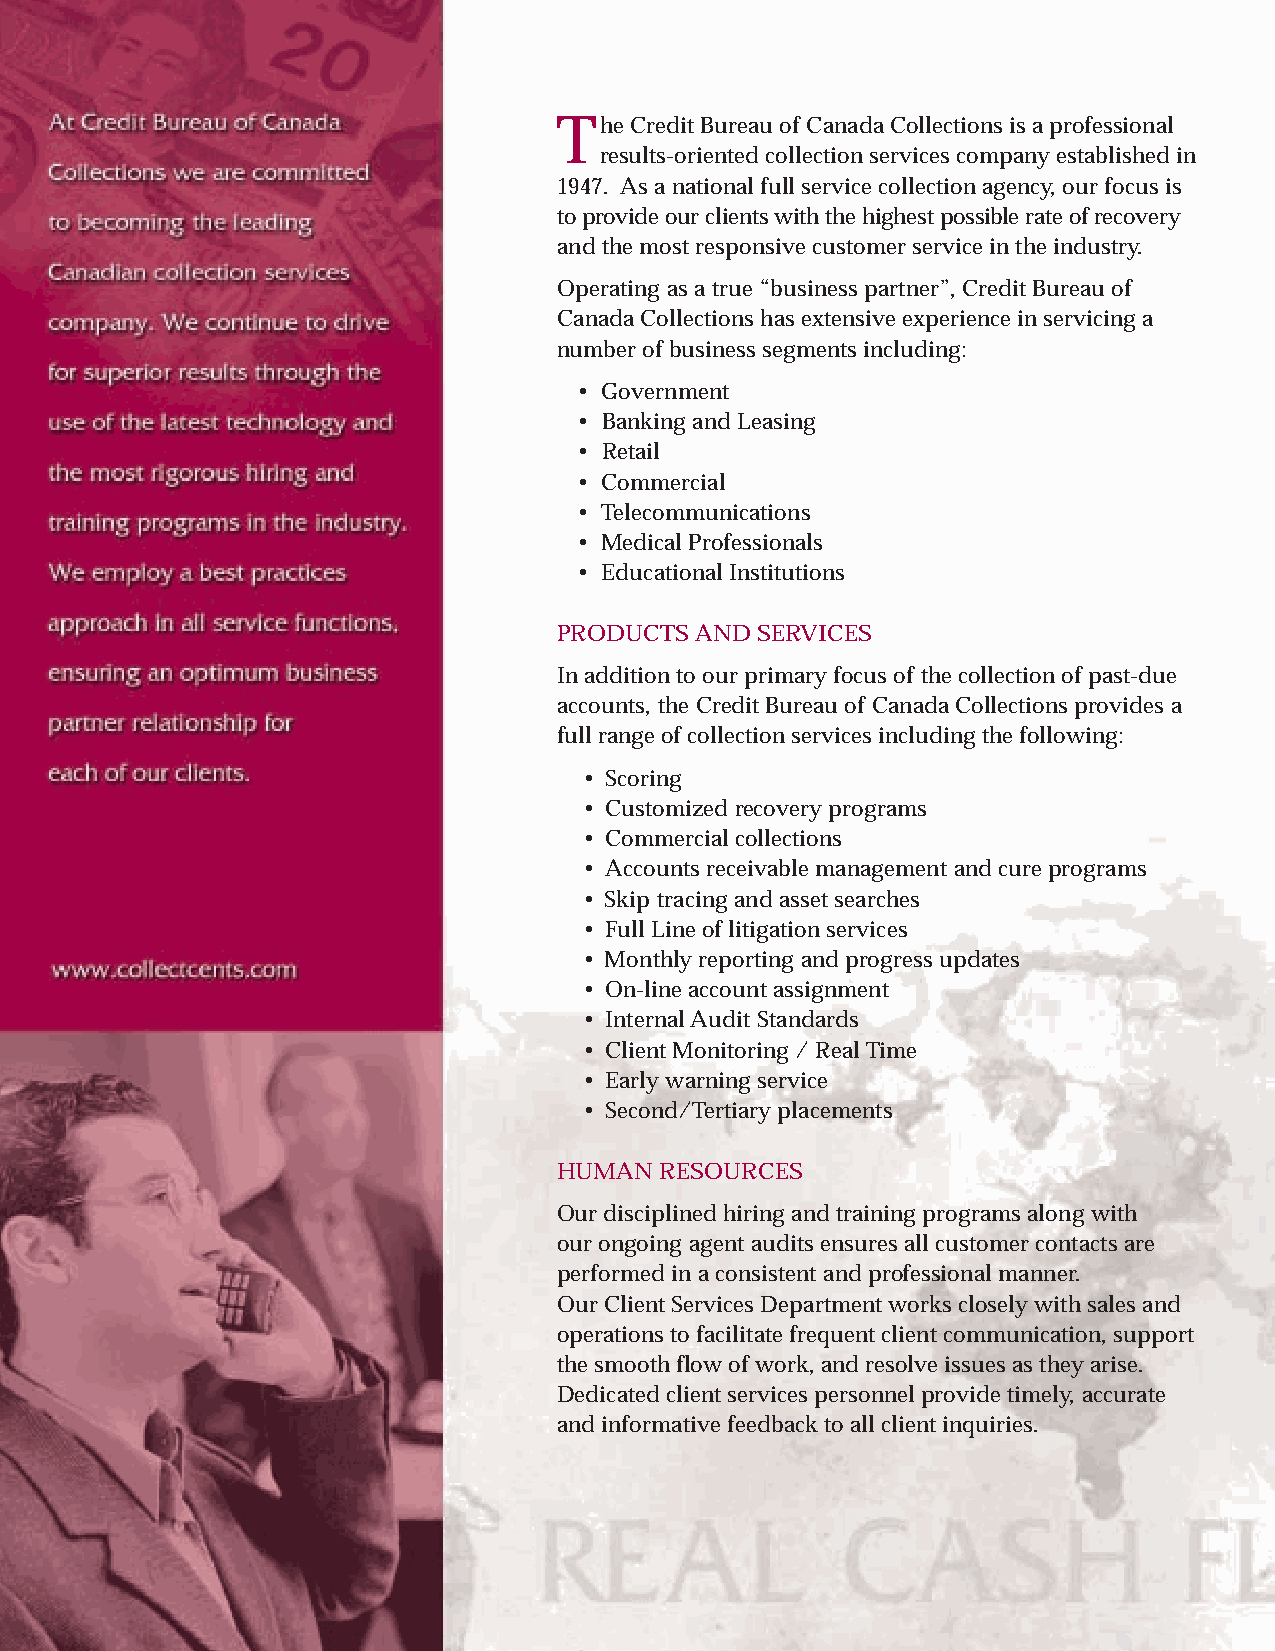
he Credit Bureau of Canada Collections is a professional
 Tresults-oriented collection services company established in
 1947. As a national full service collection agency, our focus is
 to provide our clients with the highest possible rate of recovery
 and the most responsive customer service in the industry.
 Operating as a true “business partner”, Credit Bureau of
 Canada Collections has extensive experience in servicing a
 number of business segments including:
 • Government
 • Banking and Leasing
 • Retail
 • Commercial
 • Telecommunications
 • Medical Professionals
 • Educational Institutions
 PRODUCTS AND SERVICES
 In addition to our primary focus of the collection of past-due
 accounts, the Credit Bureau of Canada Collections provides a
 full range of collection services including the following:
 • Scoring
 • Customized recovery programs
 • Commercial collections
 • Accounts receivable management and cure programs
 • Skip tracing and asset searches
 • Full Line of litigation services
 • Monthly reporting and progress updates
 • On-line account assignment
 • Internal Audit Standards
 • Client Monitoring / Real Time
 • Early warning service
 • Second/Tertiary placements
 HUMAN  RESOURCES
 Our disciplined hiring and training programs along with
 our ongoing agent audits ensures all customer contacts are
 performed in a consistent and professional manner.
 Our Client Services Department works closely with sales and
 operations to facilitate frequent client communication, support
 the smooth flow of work, and resolve issues as they arise.
 Dedicated client services personnel provide timely, accurate
 and informative feedback to all client inquiries.